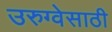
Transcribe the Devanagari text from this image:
उरुग्वेसाठी